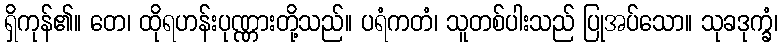
ရှိကုန်၏။ တေ၊ ထိုရဟန်းပုဏ္ဏားတို့သည်။ ပရံကတံ၊ သူတစ်ပါးသည် ပြုအပ်သော။ သုခဒုက္ခံ၊